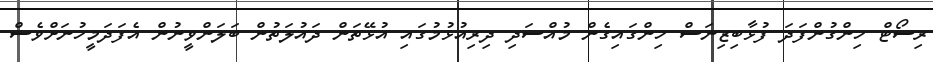
ރިސޯޓް ހިންގުންފަދަ ފުޅާބިޒިނަސް ހިންގައިގެން މުއްސަދި ދިރިއުޅުމުގައި އުޅޭތަން ދައުލަތުން ބަލަންވީނުން އެފަދަމީހުނަށްވެސް